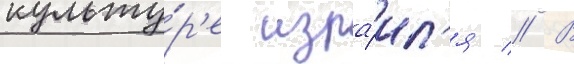
культу́р'е изра́ил'я // В